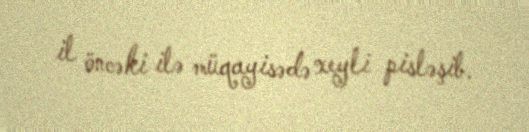
il öncəki ilə müqayisədə xeyli pisləşib.